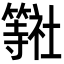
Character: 𮆠